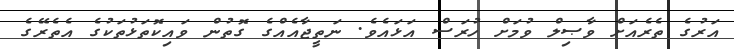
އަރުގެ ތެރެއަށް ވާޞިލް ވުމަށް ހުރަސް އަޅައެވެ. ނަތީޖާއެއްގެ ގޮތުން ވައިކޮތަޅުތަކުގެ އެތެރޭގެ